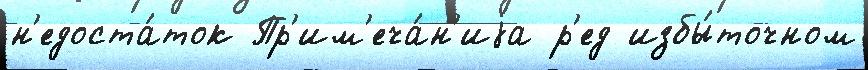
н'едоста́ток Пр'им'еча́н'иjа р'ед избы́точном